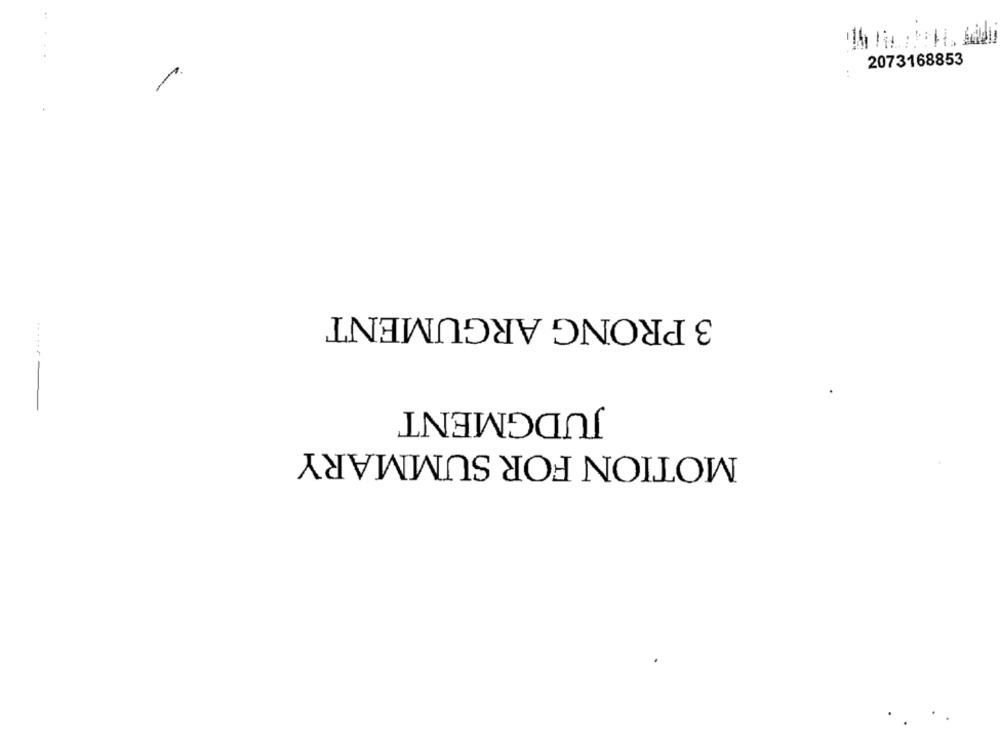
2073168853
3 PRONG ARGUMENT
.......
JUDGMENT
MOTION FOR SUMMARY